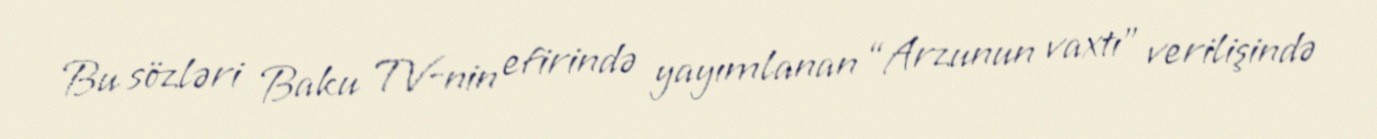
Bu sözləri Baku TV-nin efirində yayımlanan “Arzunun vaxtı” verilişində